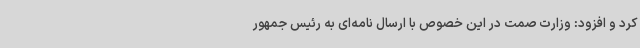
کرد و افزود: وزارت صمت در این خصوص با ارسال نامه‌ای به رئیس جمهور